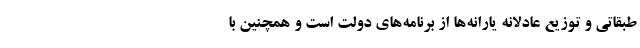
طبقاتی و توزیع عادلانه یارانه‌ها از برنامه‌های دولت است و همچنین با